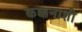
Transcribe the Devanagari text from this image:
कक्कनाशी